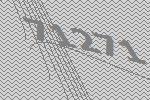
71271